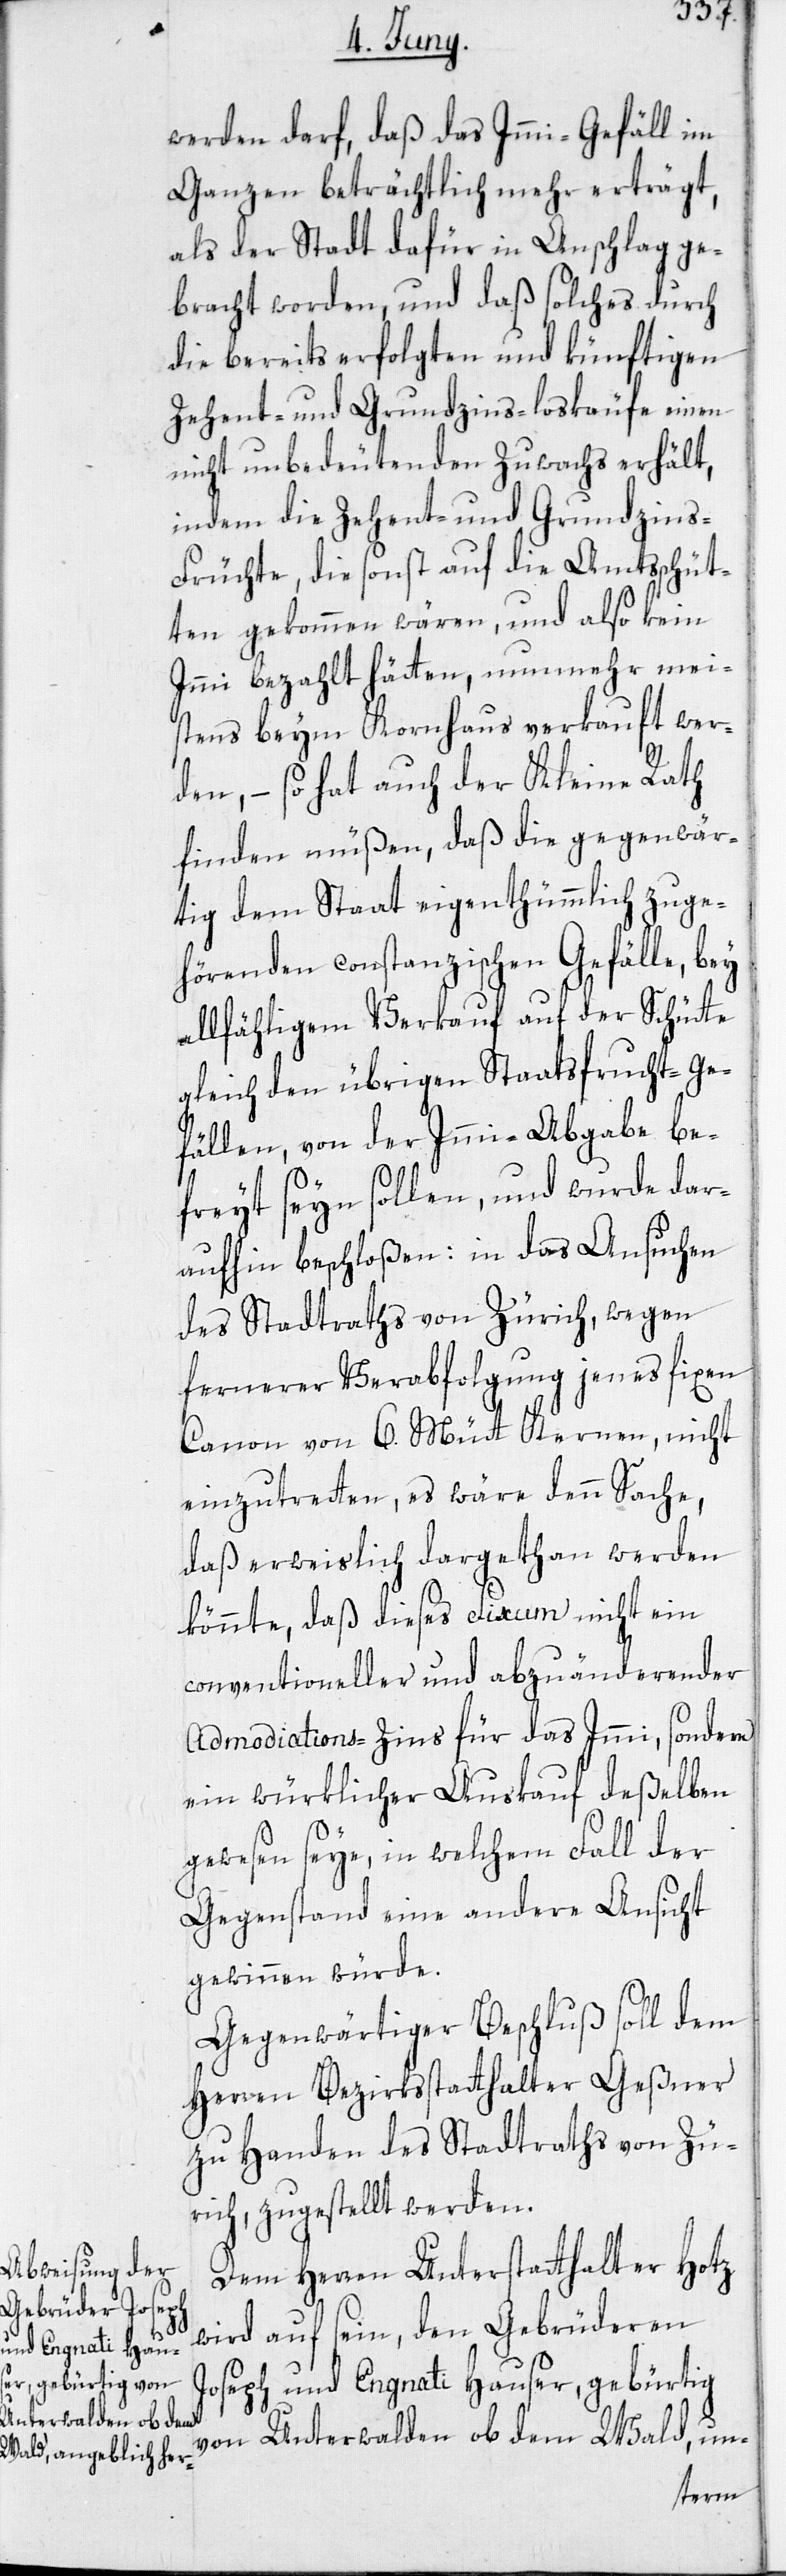
werden darf, daß das Immi-Gefäll im
Ganzen beträchtlich mehr erträgt,
als der Stadt dafür in Anschlag ge¬
bracht worden, und daß solches durch
die bereits erfolgten und künftigen
Zehent- und Grundzins-loskäufe einen
nicht unbedeutenden Zuwachs erhält,
indem die Zehent- und Grundzin¬
s-Früchte, die sonst auf die Amtsschüt¬
ten gekommen wären, und also kein
Immi bezahlt hätten, nunmehr mei¬
stens beym Kornhaus verkauft wer¬
den, – so hat auch der Kleine Rath
finden müßen, daß die gegenwär¬
tig dem Staat eigenthümmlich zuge¬
hörenden constanzischen Gefälle, bey
allfähligem Verkauf auf der Schütte
gleich den übrigen Staatsfrucht-Ge¬
fällen, von der Immi-Abgabe be¬
freyt seyn sollen, und wurde dar¬
aufhin beschloßen: in das Ansuchen
des Stadtraths von Zürich, wegen
fernerer Verabfolgung jenes fixen
Canon von 6. Mütt Kernen, nicht
einzutretten, es wäre denn Sache,
daß erweislich dargethan werden
könnte, daß dieses Fixum nicht ein
conventioneller und abzuänderender
Admodiations-Zins für das Immi, sondern
ein würklicher Auskauf deßelben
gewesen seye, in welchem Fall der
Gegenstand eine andere Ansicht
gewinnen würde.
Gegenwärtiger Beschluß soll dem
Herren Bezirksstatthalter Geßner
zu Handen des Stadtraths von Zü¬
rich, zugestellt werden.
Dem Herren Unterstatthalter Hotz
wird auf sein, den Gebrüderen
Joseph und Engnati Hauser, gebürtig
von Unterwalden ob dem Wald, un-